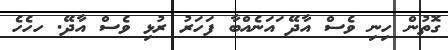
ގޮތުން ހިނި ވެސް އާދޭ ައަނެއްބާ ފަހަރު ރުޅި ވެސް އާދޭ. ހހެހެ